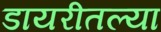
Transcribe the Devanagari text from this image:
डायरीतल्या